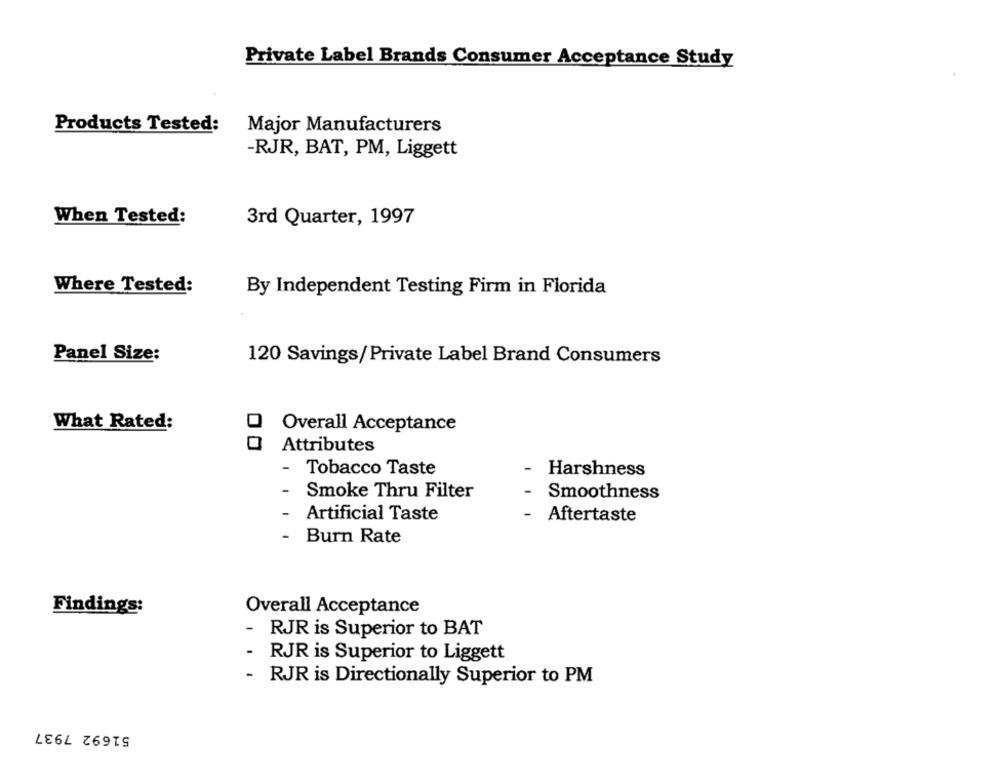
Private Label Brands Consumer Acceptance Study
Products Tested:
Major Manufacturers
-RJR, BAT, PM, Liggett
When Tested:
3rd Quarter, 1997
Where Tested:
By Independent Testing Firm in Florida
Panel Size:
120 Savings/Private Label Brand Consumers
What Rated:
Overall Acceptance
Attributes
-
Tobacco Taste
Harshness
-
Smoke Thru Filter
Smoothness
-
-
Artificial Taste
Aftertaste
-
Burn Rate
Findings:
Overall Acceptance
RJR is Superior to BAT
RJR is Superior to Liggett
- RJR is Directionally Superior to PM
51692 7937